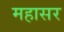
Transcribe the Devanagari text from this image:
महासर